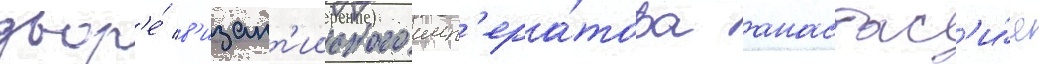
двор'е́ в'изант'ииского имп'ера́тора анастас'и́я